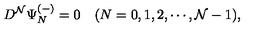
D ^ { \cal N } \Psi _ { N } ^ { ( - ) } = 0 \quad ( N = 0 , 1 , 2 , \cdots , { \cal N } - 1 ) ,